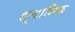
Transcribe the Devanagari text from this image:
ध्‍वानिक